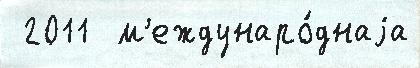
 2011  м'еждунаро́днаjа